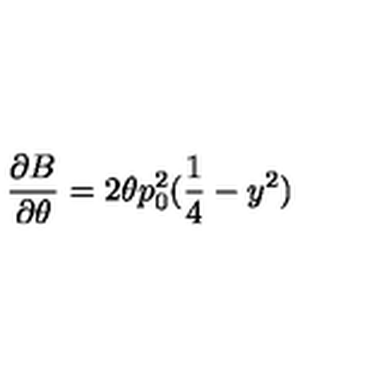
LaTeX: \frac { \partial B } { \partial \theta } = 2 \theta p _ { 0 } ^ { 2 } ( \frac { 1 } { 4 } - y ^ { 2 } )